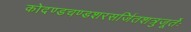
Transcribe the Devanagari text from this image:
कोदण्डचण्डशरसर्जितशत्रुजूर्तेः